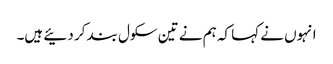
انہوں نے کہا کہ ہم نے تین سکول بند کر دئیے ہیں۔